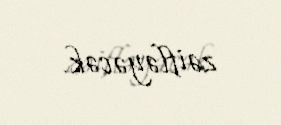
zəifləyəcək.